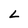
Character: L